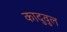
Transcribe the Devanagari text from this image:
कादुवुल